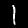
Label: 1